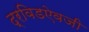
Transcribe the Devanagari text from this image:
द्रविडऐवजी